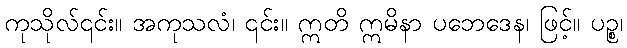
ကုသိုလ်၎င်း။ အကုသလံ၊ ၎င်း။ ဣတိ ဣမိနာ ပဘေဒေန၊ ဖြင့်။ ပဉ္စ၊